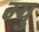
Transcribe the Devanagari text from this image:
ग्यु